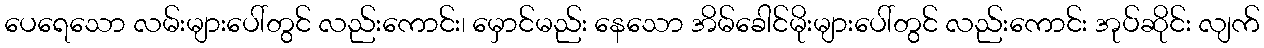
ပေရေသော လမ်းများပေါ်တွင် လည်းကောင်း၊ မှောင်မည်း နေသော အိမ်ခေါင်မိုးများပေါ်တွင် လည်းကောင်း အုပ်ဆိုင်း လျက်